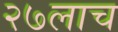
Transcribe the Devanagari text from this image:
२७लाच